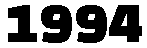
1994